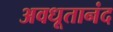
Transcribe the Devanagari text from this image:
अवधूतानंद